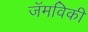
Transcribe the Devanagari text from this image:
जॅमविकी